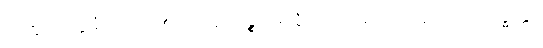
ကတွာ ပက္ကမီတိ။ ၁၄၁။ ယံ ပန ကိဉ္စိ အတ္ထိ ဉေယျံ နာမ, သဗ္ဗဿေဝ ဗုဒ္ဓတ္တာ